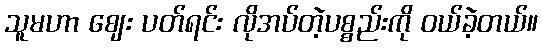
သူမဟာ ဈေး ပတ်ရင်း လိုအပ်တဲ့ပစ္စည်းကို ဝယ်ခဲ့တယ်။